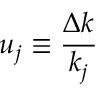
u _ { j } \equiv \frac { \Delta k } { k _ { j } }